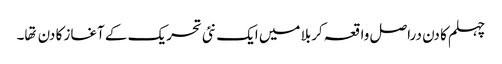
چہلم کا دن دراصل واقعہ کربلا میں ایک نئی تحریک کے آغاز کا دن تها۔